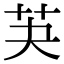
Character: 芵